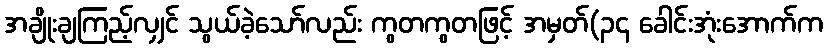
အချိုးချကြည့်လျှင် သွယ်ခဲ့သော်လည်း ကွတကွတဖြင့် အမှတ်(၃၄ ခေါင်းအုံးအောက်က